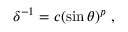
\delta ^ { - 1 } = c ( \sin \theta ) ^ { p } \ ,